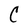
Character: C